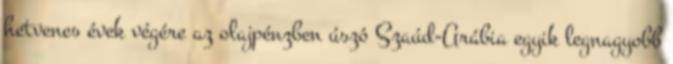
hetvenes évek végére az olajpénzben úszó Szaúd-Arábia egyik legnagyobb